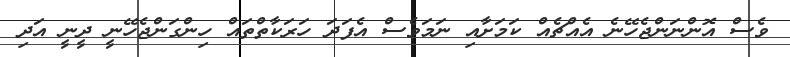
ވެސް އޮންނަންޖެހޭނެ އެއްޗެއް ކަމަށާއި ނަމަވެސް އެފަދަ ހަރަކާތްތައް ހިންގަންޖެހޭނީ ދީނީ އަދި